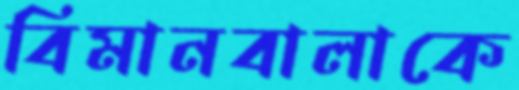
বিমানবালাকে